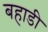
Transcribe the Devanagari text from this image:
बहाडी